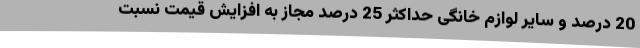
20 درصد و سایر لوازم خانگی حداکثر 25 درصد مجاز به افزایش قیمت نسبت